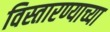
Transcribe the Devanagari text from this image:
विस्तारण्याच्या